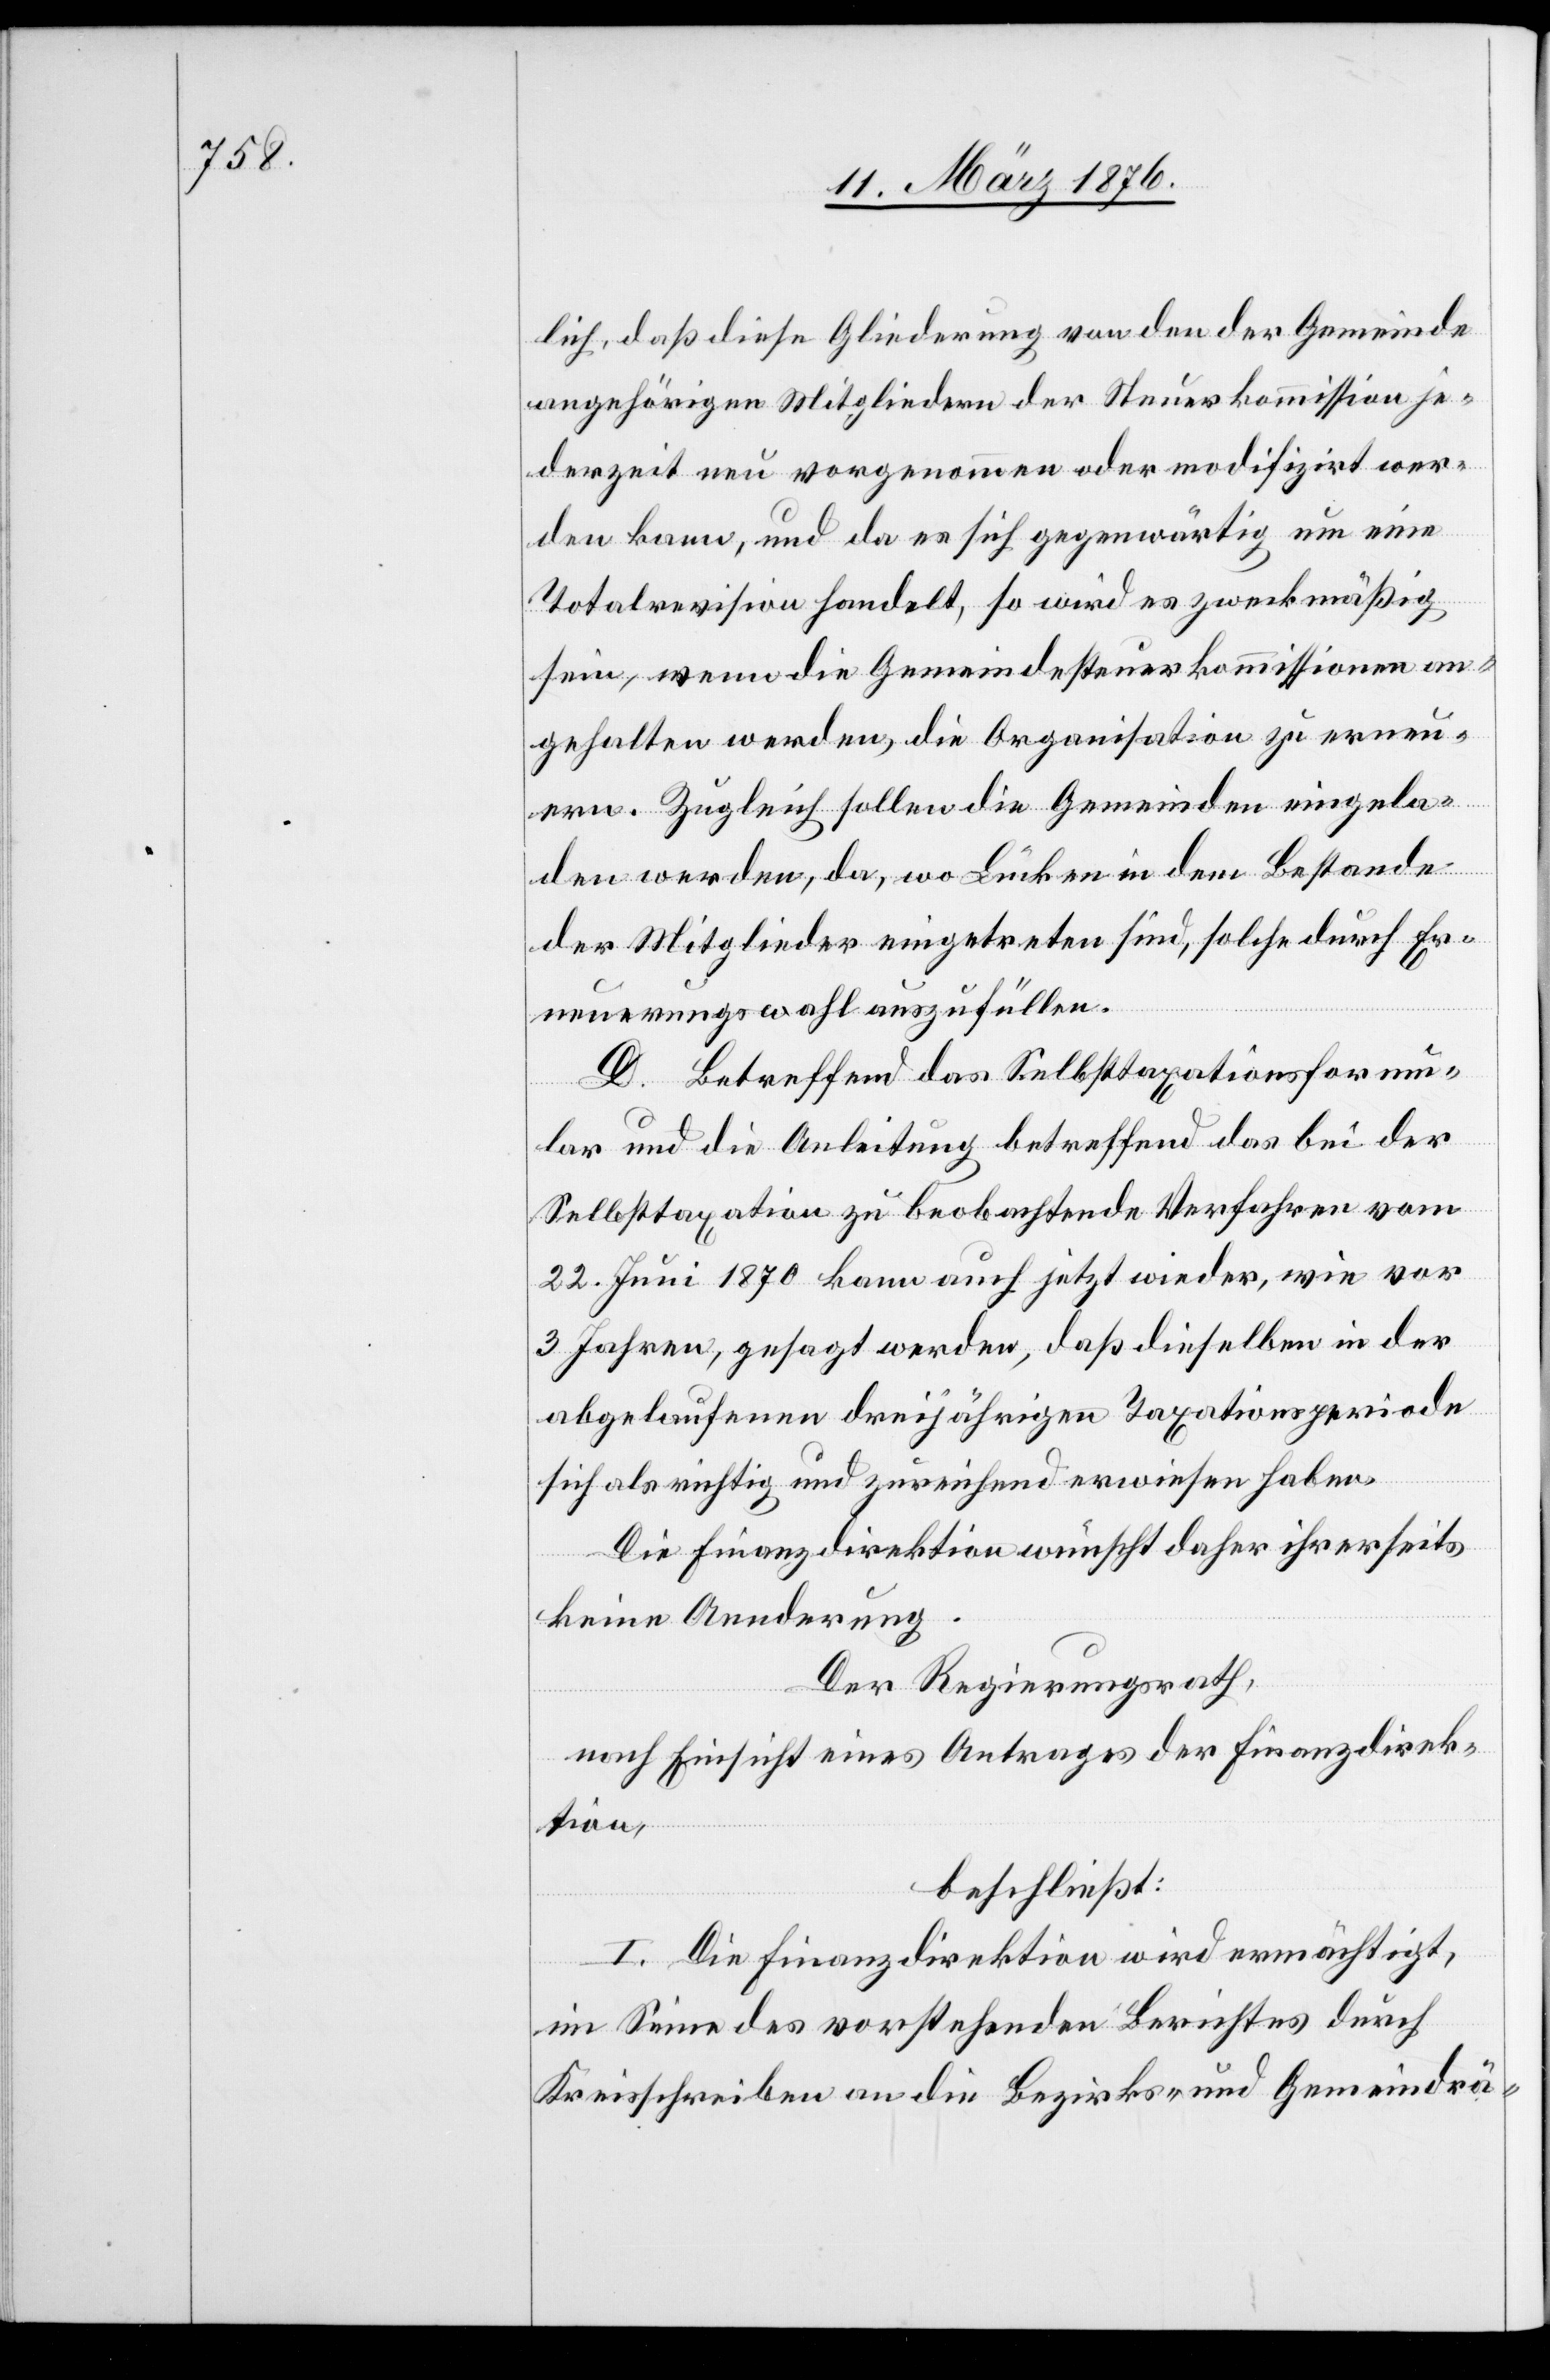
lich, daß diese Gliederung von den der Gemeinde
angehörigen Mitgliedern der Steuerkommission je¬
derzeit neu vorgenommen oder modifizirt wer¬
den kann, und da es sich gegenwärtig um eine
Totalrevision handelt, so wird es zweckmäßig
sein, wenn die Gemeindesteuerkommissionen an¬
gehalten werden, die Organisation zu erneu¬
ern. Zugleich sollen die Gemeinden eingela¬
den werden, da, wo Lücken in dem Bestande
der Mitglieder eingetreten sind, solche durch Er¬
neuerungswahlen auszufüllen.
D. Betreffend das Selbsttaxationsformu¬
lar und die Anleitung betreffend das bei der
Selbsttaxation zu beobachtende Verfahren vom
22. Juni 1870 kann auch jetzt wieder, wie von
3 Jahren, gesagt werden, daß dieselben in der
abgelaufenen dreijährigen Taxationsperiode
sich als richtig und zureichend erwiesen haben.
Die Finanzdirektion wünscht daher ihrerseits
keine Aenderung.
Der Regierungsrath,
nach Einsicht eines Antrages der Finanzdirek¬
tion,
beschließt:
I. Die Finanzdirektion wird ermächtigt,
im Sinne des vorstehenden Berichtes durch
Kreisschreiben an die Bezirks- und Gemeindrä-